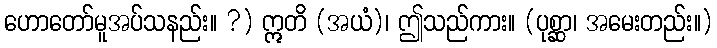
ဟောတော်မူအပ်သနည်း။ ?) ဣတိ (အယံ)၊ ဤသည်ကား။ (ပုစ္ဆာ၊ အမေးတည်း။)